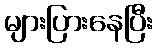
များပြားနေပြီး